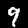
Digit: 9